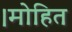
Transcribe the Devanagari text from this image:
।मोहित